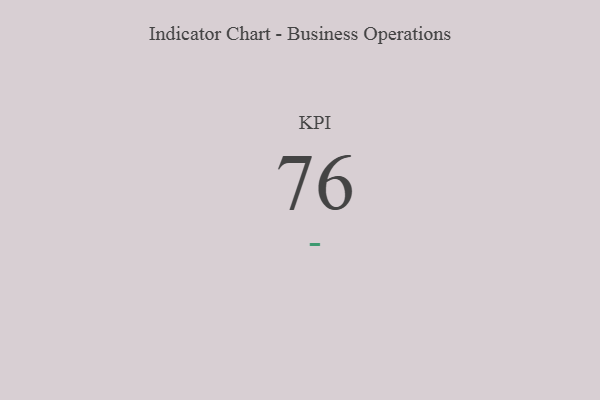
{"axis": {"x": "KPI", "y": "Value"}, "legend": [""], "data": [{"x": "KPI", "y": 76, "type": ""}]}